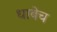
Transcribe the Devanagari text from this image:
धाबेच